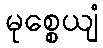
မုစ္စေယျံ